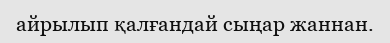
айрылып қалғандай сыңар жаннан.